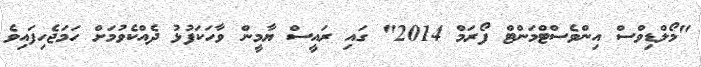
"މޯލްޑިވްސް އިންވެސްޓްމަންޓް ފޯރަމް 2014" ގައި ރައީސް ޔާމީން ވާހަކަފުޅު ދެއްކެވުމަށް ހަމަޖެހިފައިވެ